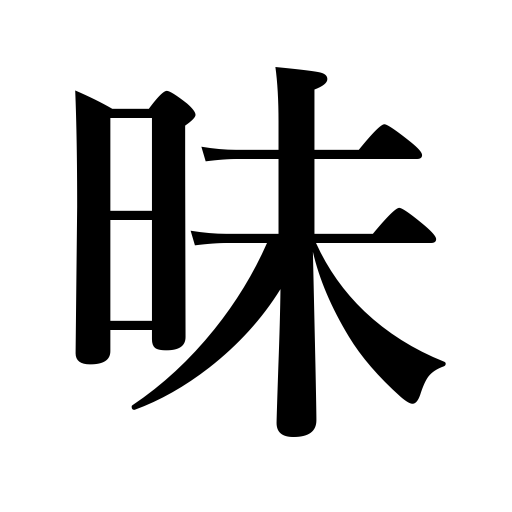
Meanings: dark,foolish